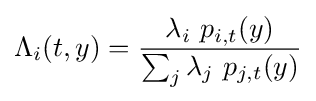
\Lambda _{i}(t,y)={\frac {\lambda _{i}\ p_{i,t}(y)}{\sum _{j}\lambda _{j}\ p_{j,t}(y)}}